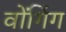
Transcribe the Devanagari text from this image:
वोंगिंग